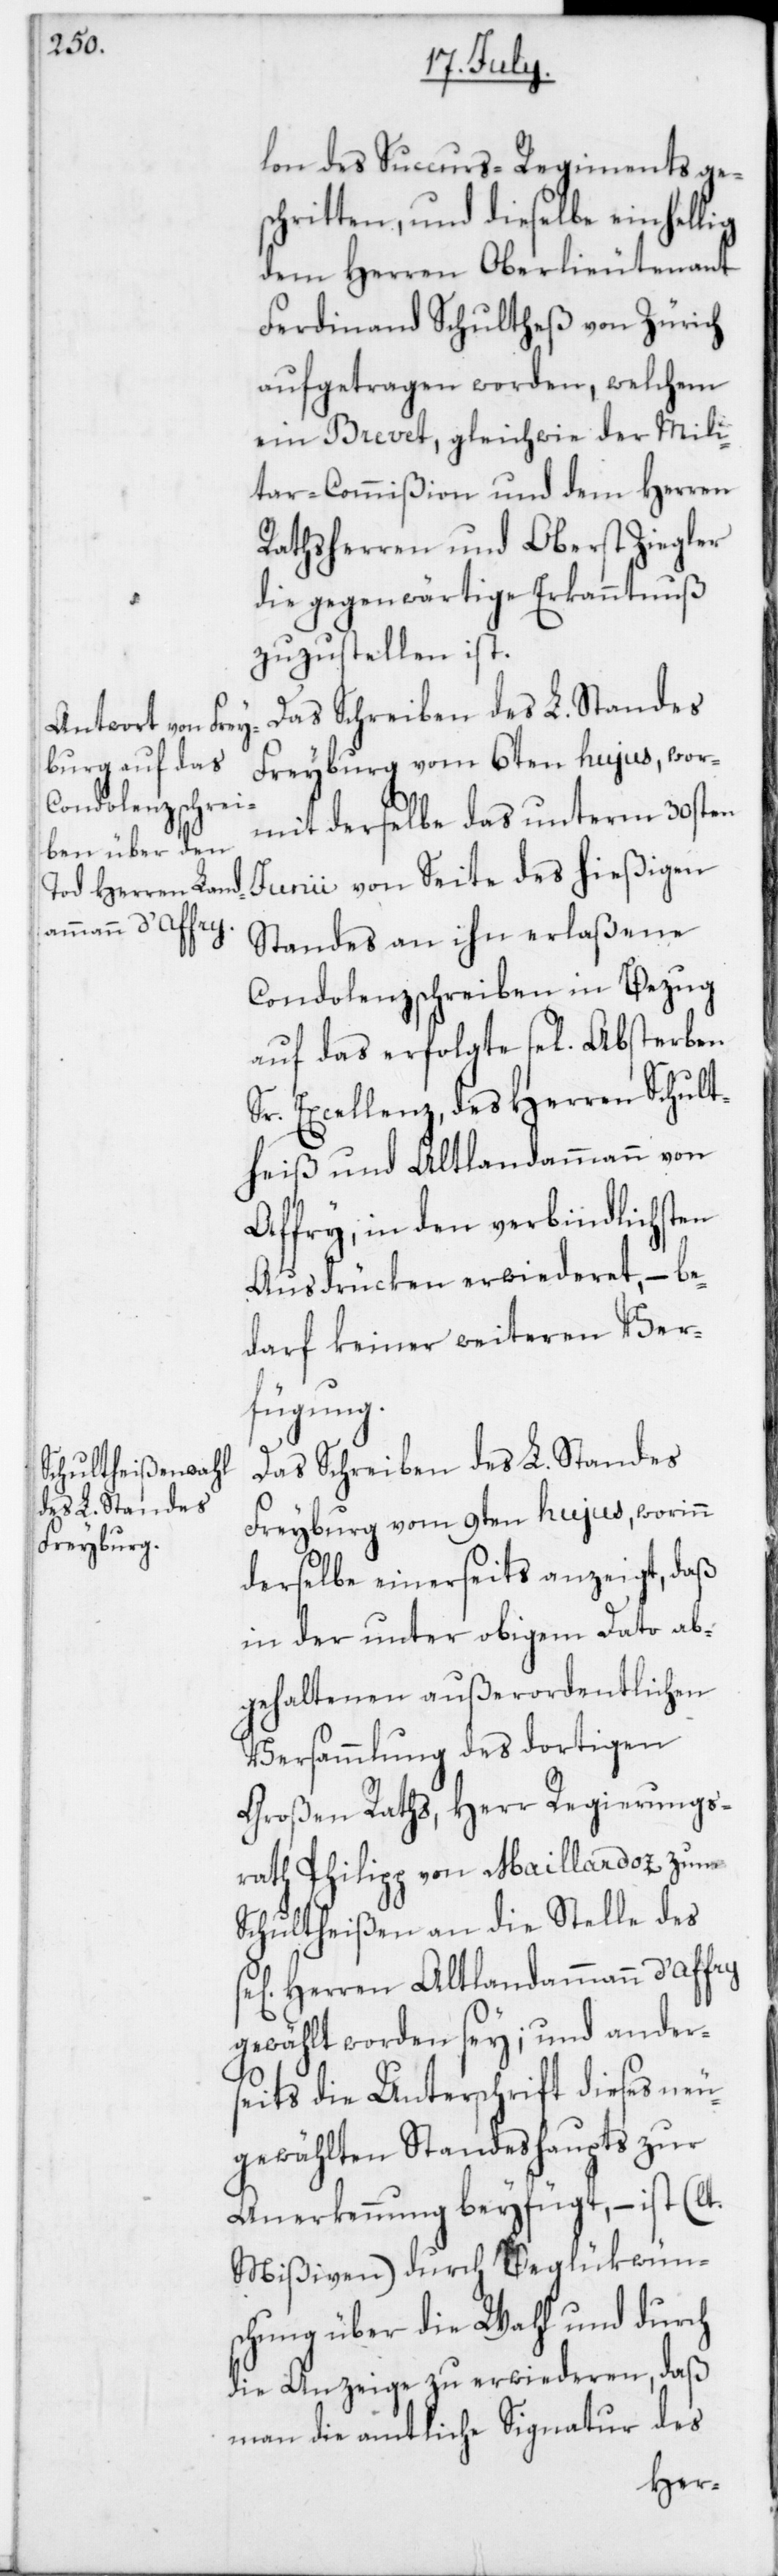
lon des Succurs-Regiments ge¬
schritten, und dieselbe einhellig
dem Herren Oberlieutenant
Ferdinand Schultheß von Zürich
aufgetragen worden, welchem
ein Brevet, gleichwie der Mili¬
tar-Commißion und dem Herren
Rathsherren und Oberst Ziegler
die gegenwärtige Erkanntnuß
zuzustellen ist.
Das Schreiben des L. Standes
Freyburg vom 6ten hujus, wor¬
mit derselbe das unterm 30sten
Junii von Seite des hießigen
Standes an ihn erlaßene
Condolenzschreiben in Bezug
auf das erfolgte sel. Absterben
Sr. Excellenz des Herren Schult¬
heiß und Altlandammann von
Affry, in den verbindlichsten
Ausdrücken erwiederet, – be¬
darf keiner weiteren Ver¬
fügung.
Das Schreiben des L. Standes
Freyburg vom 9ten hujus, worinn
derselbe einerseits anzeigt, daß
in der unter obigem Dato ab¬
gehaltenen außerordentlichen
Versammlung des dortigen
Großen Raths, Herr Regierungs¬
rath Philipp von Maillardoz zum
Schultheißen an die Stelle des
Herren Altlandammann d’Affry
gewählt worden sey; und ander¬
seits die Unterschrift dieses neu¬
gewählten Standeshaupts zur
Anerkennung beyfügt, – ist (lt.
Mißiven) durch Beglükwüns¬
chung über die Wahl und durch
die Anzeige zu erwiederen, daß
man die amtliche Signatur des